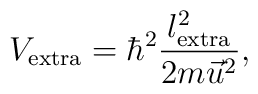
V_{{\rm extra}}=\hbar ^2\frac{l_{{\rm extra}}^2}{2m\vec u^2},